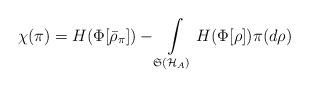
LaTeX: \begin{align*}\chi (\pi )=H(\Phi [ \bar{\rho}_{\pi }])-\int\limits_{\mathfrak{S}(\mathcal{H}_{A})}H(\Phi [ \rho ])\pi (d\rho ) \end{align*}